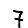
Digit: 7